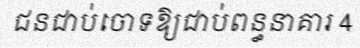
ជនជាប់ចោទឱ្យជាប់ពន្ធនាគារ 4